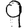
Digit: 9